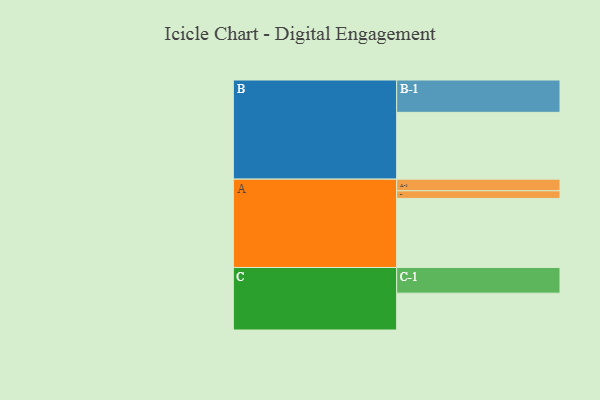
{"axis": {"x": "Segment", "y": "Value"}, "legend": ["", "A", "B", "C"], "data": [{"x": "A", "y": 581, "type": ""}, {"x": "B", "y": 562, "type": ""}, {"x": "C", "y": 310, "type": ""}, {"x": "A-1", "y": 98, "type": "A"}, {"x": "A-2", "y": 64, "type": "A"}, {"x": "B-1", "y": 272, "type": "B"}, {"x": "C-1", "y": 216, "type": "C"}]}